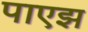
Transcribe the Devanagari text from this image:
पाएझ